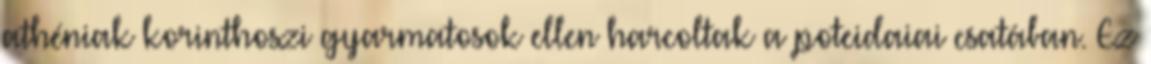
athéniak korinthoszi gyarmatosok ellen harcoltak a poteidaiai csatában. Ez